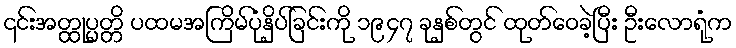
၎င်းအတ္ထုပ္ပတ္တိ ပထမအကြိမ်ပုံနှိပ်ခြင်းကို ၁၉၄၇ ခုနှစ်တွင် ထုတ်ဝေခဲ့ပြီး ဦးလောရုံက